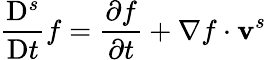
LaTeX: \frac{\mathrm{D}^{s}}{\mathrm{D}t}f=\frac{\partial f}{\partial t}+\mathbf{\nabla}f\cdot\mathbf{v}^{s}